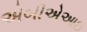
એબીએઆઇ